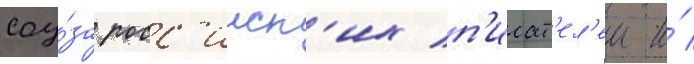
соу́за росс'ииск'их п'исат'ел'еи и́